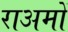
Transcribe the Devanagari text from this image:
राअमों